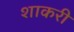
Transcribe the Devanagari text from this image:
शाकरी